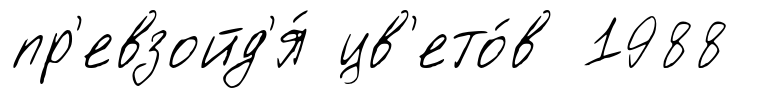
пр'евзойд'я́ цв'ето́в 1988